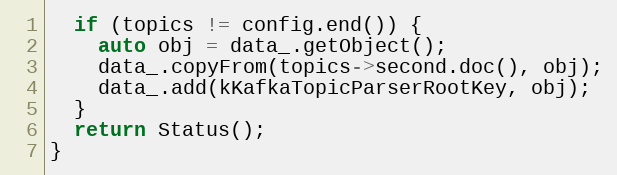
Language: C++
  if (topics != config.end()) {
    auto obj = data_.getObject();
    data_.copyFrom(topics->second.doc(), obj);
    data_.add(kKafkaTopicParserRootKey, obj);
  }
  return Status();
}